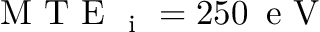
\mathrm { ~ M ~ T ~ E ~ } _ { \mathrm { ~ i ~ } } = 2 5 0 \, \mathrm { ~ e ~ V ~ }